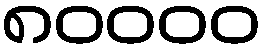
၈၀၀၀၀